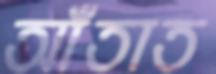
আঁতাত